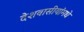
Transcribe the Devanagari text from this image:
देशवासीयांमधे